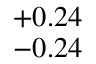
^ { + 0 . 2 4 } _ { - 0 . 2 4 }